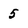
Character: 5